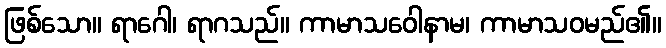
ဖြစ်သော။ ရာဂေါ၊ ရာဂသည်။ ကာမာသဝေါနာမ၊ ကာမာသဝမည်၏။